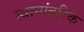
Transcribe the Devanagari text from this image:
स्थानांतरिक